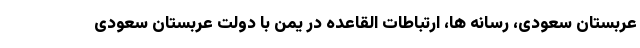
عربستان سعودی، رسانه ها، ارتباطات القاعده در یمن با دولت عربستان سعودی